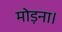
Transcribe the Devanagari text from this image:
मोड़ना।